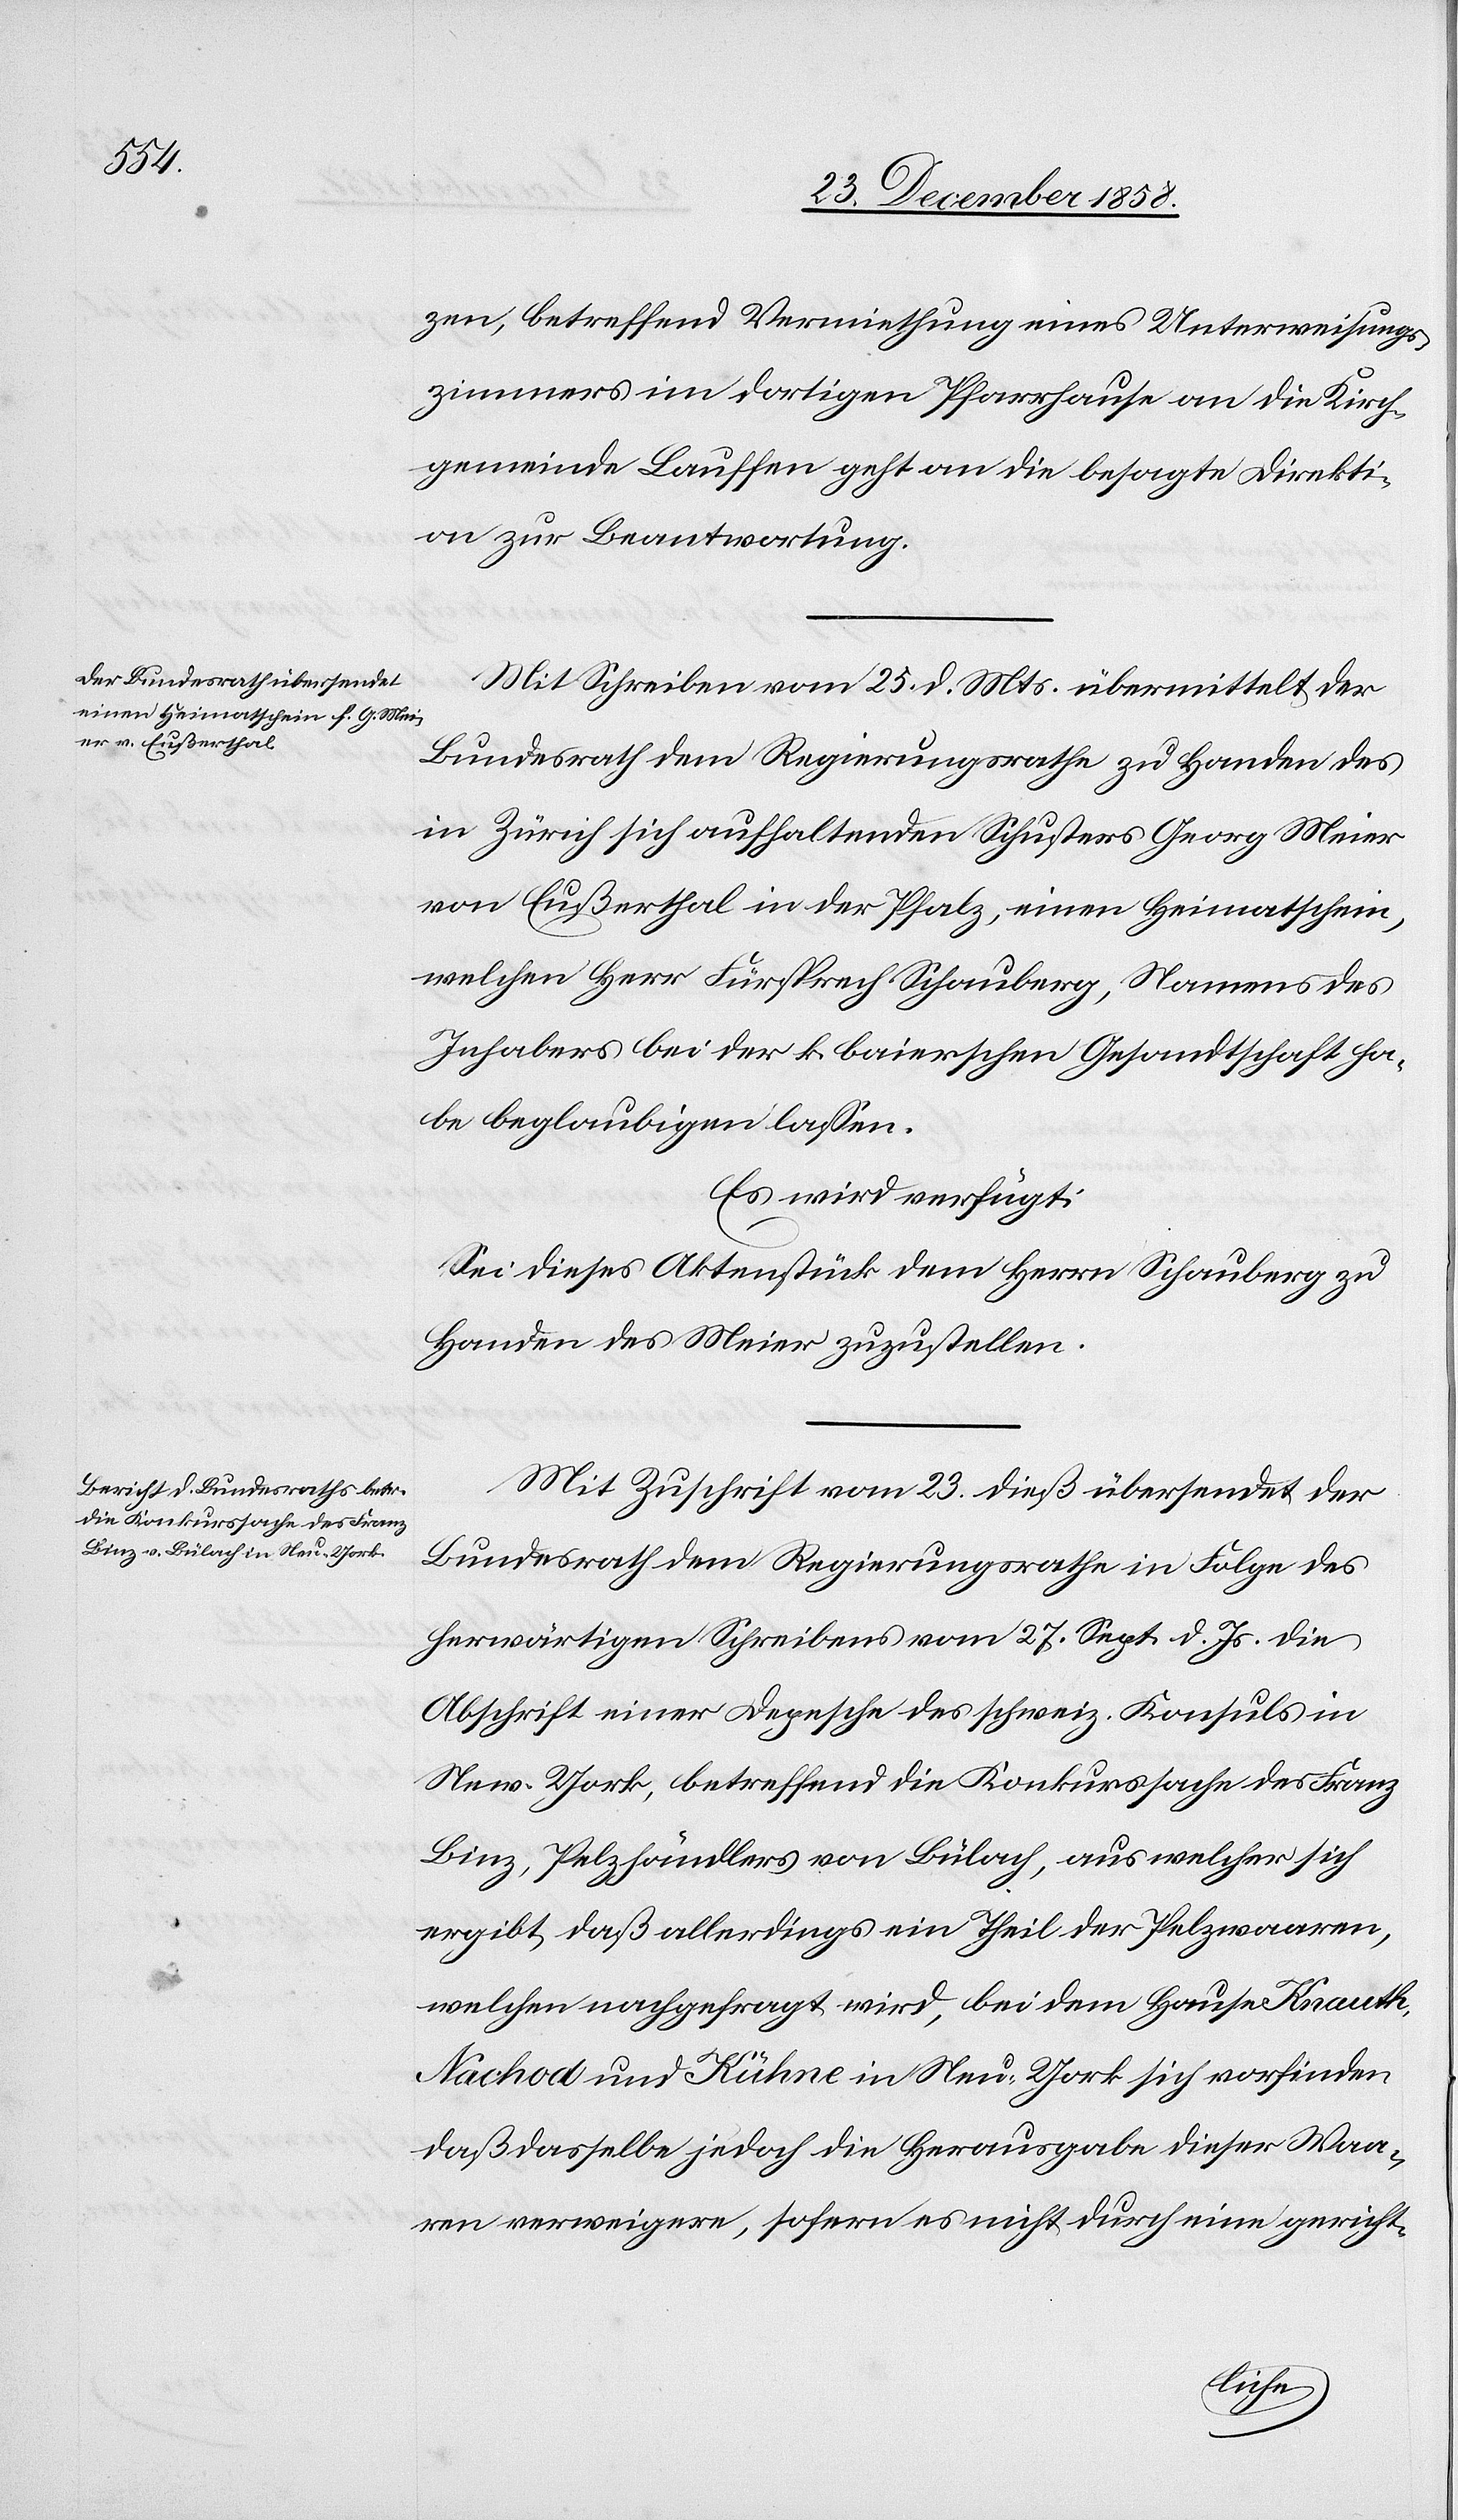
den

29. December 1858.]
zen, betreffend Vermiethung eines Unterweisungs¬
zimmers im dortigen Pfarrhause an die Kirch¬
gemeinde Lauffen geht an die besagte Direkti¬
on zur Beantwortung.
Mit Schreiben vom 25. d. Mts. übermittelt der
Bundesrath dem Regierungsrathe zu Handen des
in Zürich sich aufhaltenden Schusters Georg Meier
von Eußerthal in der Pfalz, einen Heimatschein,
welchen Herr Fürsprech Schauberg, Namens des
Inhabers bei der k. baierschen Gesandtschaft ha¬
be beglaubigen lassen.
Es wird verfügt:
Sei dieses Aktenstück dem Herrn Schauberg zu
Handen des Meier zuzustellen.
Mit Zuschrift vom 23. dieß übersendet der
Bundesrath dem Regierungsrathe in Folge des
herwärtigen Schreibens vom 27. Sept. d. Js. die
Abschrift einer Depesche des schweiz. Konsuls in
New-York, betreffend die Konkurssache des Franz
Binz, Pelzhändlers von Bülach, aus welcher sich
ergibt, daß allerdings ein Theil der Pelzwaaren,
welchen nachgefragt wird, bei dem Hause Knauth,
Nachod und Kühne in Neu-York sich vorfinden
daß dasselbe jedoch die Herausgabe dieser Waa¬
ren verweigere, sofern es nicht durch eine gericht-